Annual report of the Imperial Bacteriologist
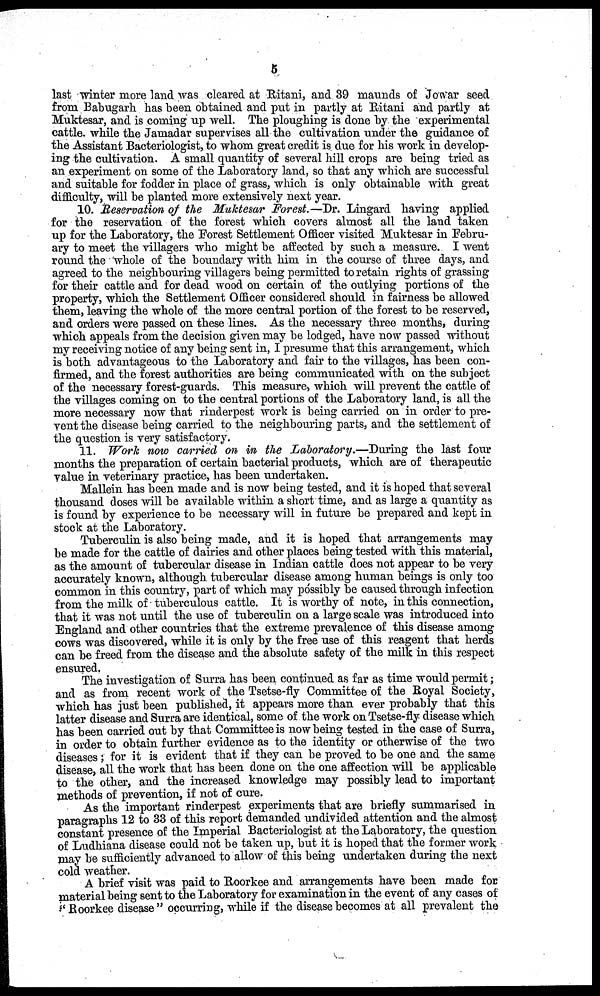
5
last winter more land was cleared at Ritani, and 39 maunds of Jowar seed
from Babugarh has been obtained and put in partly at Ritani and partly at
Muktesar, and is coming up well. The ploughing is done by the experimental
cattle, while the Jamadar supervises all the cultivation under the guidance of
the Assistant Bacteriologist, to whom great credit is due for his work in develop-
ing the cultivation. A small quantity of several hill crops are being tried as
an experiment on some of the Laboratory land, so that any which are successful
and suitable for fodder in place of grass, which is only obtainable with great
difficulty, will be planted more extensively next year.
10. Reservation of the Muktesar Forest.—Dr. Lingard having applied
for the reservation of the forest which covers almost all the land taken
up for the Laboratory, the Forest Settlement Officer visited Muktesar in Febru-
ary to meet the villagers who might be affected by such a measure. I went
round the whole of the boundary with him in the course of three days, and
agreed to the neighbouring villagers being permitted to retain rights of grassing
for their cattle and for dead wood on certain of the outlying portions of the
property, which the Settlement Officer considered should in fairness be allowed
them, leaving the whole of the more central portion of the forest to be reserved,
and orders were passed on these lines. As the necessary three months, during
which appeals from the decision given may be lodged, have now passed without
my receiving notice of any being sent in, I presume that this arrangement, which
is both advantageous to the Laboratory and fair to the villages, has been con-
firmed, and the forest authorities are being communicated with on the subject
of the necessary forest-guards. This measure, which will prevent the cattle of
the villages coming on to the central portions of the Laboratory land, is all the
more necessary now that rinderpest work is being carried on in order to pre-
vent the disease being carried to the neighbouring parts, and the settlement of
the question is very satisfactory.
11. Work now carried on in the Laboratory.—During the last four
months the preparation of certain bacterial products, which are of therapeutic
value in veterinary practice, has been undertaken.
Mallein has been made and is now being tested, and it is hoped that several
thousand doses will be available within a short time, and as large a quantity as
is found by experience to be necessary will in future be prepared and kept in
stock at the Laboratory.
Tuberculin is also being made, and it is hoped that arrangements may
be made for the cattle of dairies and other places being tested with this material,
as the amount of tubercular disease in Indian cattle does not appear to be very
accurately known, although tubercular disease among human beings is only too
common in this country, part of which may póssibly be caused through infection
from the milk of tuberculous cattle. It is worthy of note, in this connection,
that it was not until the use of tuberculin on a large scale was introduced into
England and other countries that the extreme prevalence of this disease among
cows was discovered, while it is only by the free use of this reagent that herds
can be freed from the disease and the absolute safety of the milk in this respect
ensured.
The investigation of Surra has been continued as far as time would permit;
and as from recent work of the Tsetse-fly Committee of the Royal Society,
which has just been published, it appears more than ever probably that this
latter disease and Surra are identical, some of the work on Tsetse-fly disease which
has been carried out by that Committee is now being tested in the case of Surra,
in order to obtain further evidence as to the identity or otherwise of the two
diseases ; for it is evident that if they can be proved to be one and the same
disease, all the work that has been done on the one affection will be applicable
to the other, and the increased knowledge may possibly lead to important
methods of prevention, if not of cure.
As the important rinderpest experiments that are briefly summarised in
paragraphs 12 to 33 of this report demanded undivided attention and the almost
constant presence of the Imperial Bacteriologist at the Laboratory, the question
of Ludhiana disease could not be taken up, but it is hoped that the former work
may be sufficiently advanced to allow of this being undertaken during the next
cold weather.
A brief visit was paid to Roorkee and arrangements have been made for
material being sent to the Laboratory for examination in the event of any cases of
" Roorkee disease " occurring, while if the disease becomes at all prevalent the